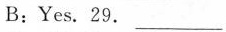
B:Yes. 29.___